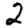
Digit: 2